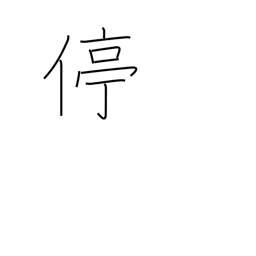
Meaning: halt